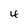
Character: 4